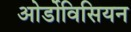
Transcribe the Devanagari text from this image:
ओर्डोविसियन